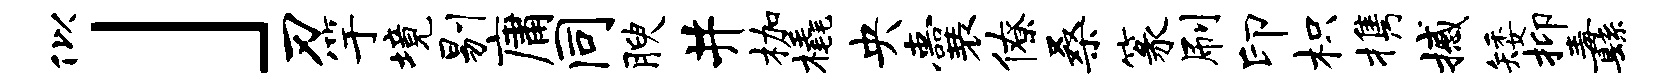
似」刃竽境剔庸同腴井枷橇央囊僚桑篆刷印枳携撼矮抑纛